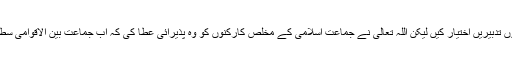
جابر حکمرانوں نے اس قافلۂ حق کے خاتمے کی سیکڑوں تدبیریں اختیار کیں لیکن اللہ تعالیٰ نے جماعت اسلامی کے مخلص کارکنوں کو وہ پذیرائی عطا کی کہ اب جماعت بین الاقوامی سطح پر اپنے مثبت اثرات اور فکرسلیم کے ساتھ موجود ہے۔